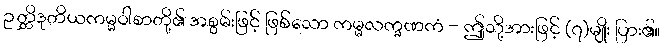
ဉတ္တိဒုတိယကမ္မဝါစာတို့၏ အစွမ်းဖြင့် ဖြစ်သော ကမ္မလက္ခဏကံ - ဤသို့အားဖြင့် (၇)မျိုး ပြား၏။